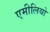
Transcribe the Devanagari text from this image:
एमीलियो